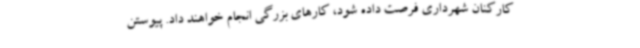
کارکنان شهرداری فرصت داده شود، کارهای بزرگی انجام خواهند داد. پیوستن